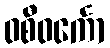
ဝစီဝင်္ကော